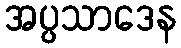
အပ္ပသာဒေန